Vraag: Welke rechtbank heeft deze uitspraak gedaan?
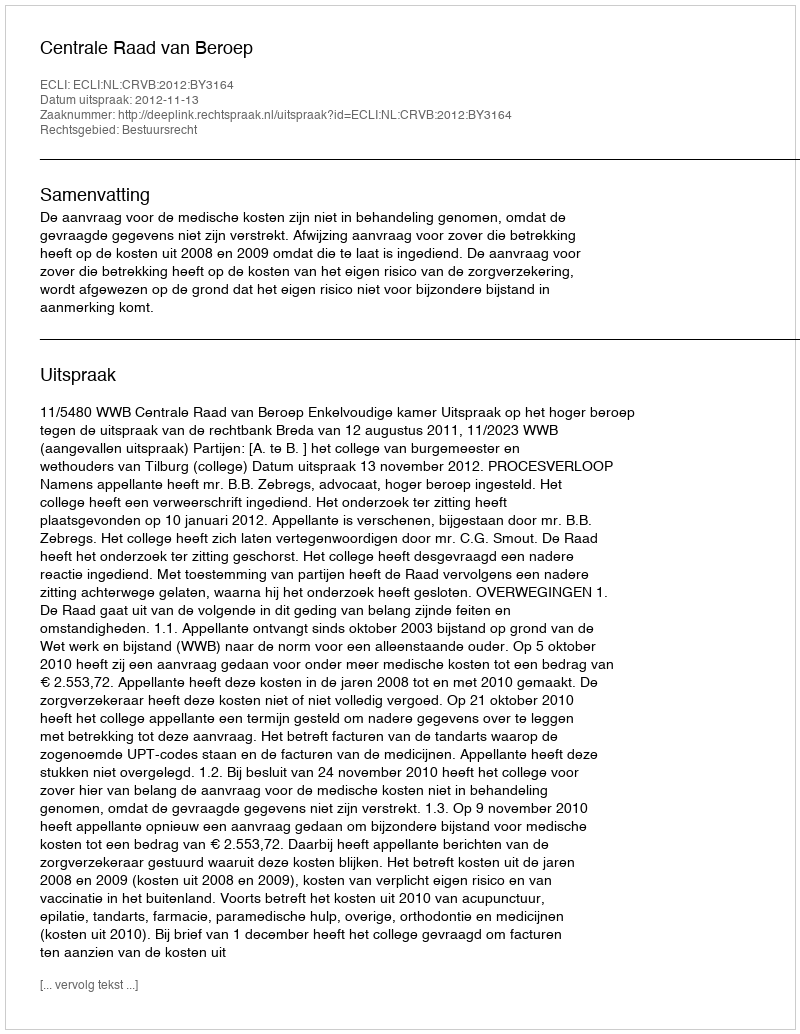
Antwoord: Centrale Raad van Beroep